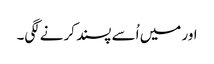
اور میں اُسے پسند کرنےلگی۔